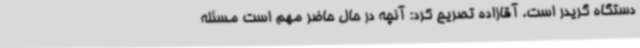
دستگاه گریدر است. آقازاده تصریح کرد: آنچه در حال حاضر مهم است مسئله